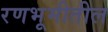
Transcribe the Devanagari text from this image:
रणभूमीतील